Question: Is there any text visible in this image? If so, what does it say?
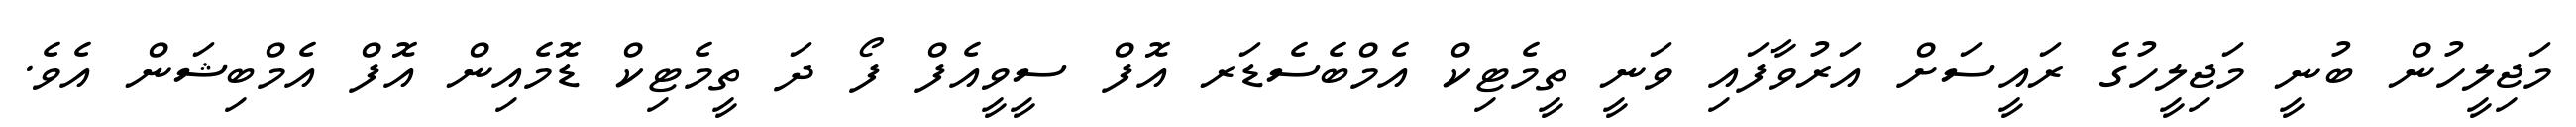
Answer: މަޖިލީހުން ބުނީ މަޖިލީހުގެ ރައީސަށް އަރުވާފައި ވަނީ ތީމެޓިކް އެމްބެސެޑަރ އޮފް ސީވީއެފް ފޯ ދަ ތީމެޓިކް ޑޮމެއިން އޮފް އެމްބިޝަން އެވެ.